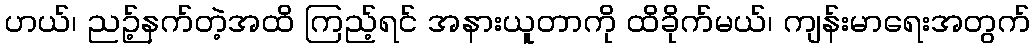
ဟယ်၊ ညဉ့်နက်တဲ့အထိ ကြည့်ရင် အနားယူတာကို ထိခိုက်မယ်၊ ကျန်းမာရေးအတွက်